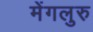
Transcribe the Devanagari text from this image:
मेंगलुरु